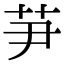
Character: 芛